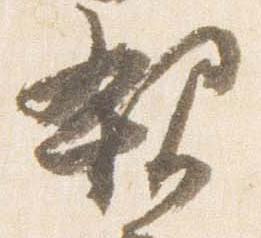
親